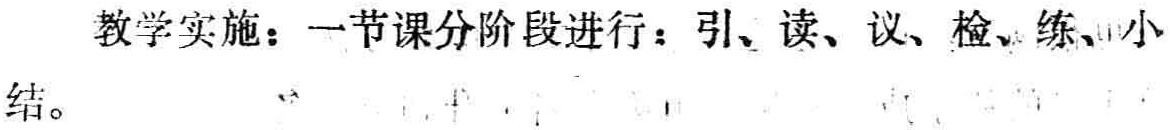
教学实施：一节课分阶段进行：引、读、议、检、练、小结。